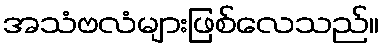
အသံဗလံများဖြစ်လေသည်။